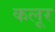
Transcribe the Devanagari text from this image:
कलूर